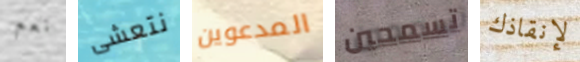
نعم نتعشى المدعوين تسمحين لإنقاذك